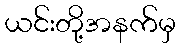
ယင်းတို့အနက်မှ